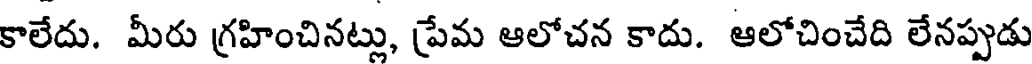
కాలేదు. మీరు గ్రహించినట్లు, ప్రేమ ఆలోచన కాదు. ఆలోచించేది లేనప్పుడు